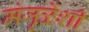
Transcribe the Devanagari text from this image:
मंजुळेंशी